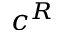
c ^ { R }